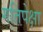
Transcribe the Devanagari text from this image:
गतिपेक्षा